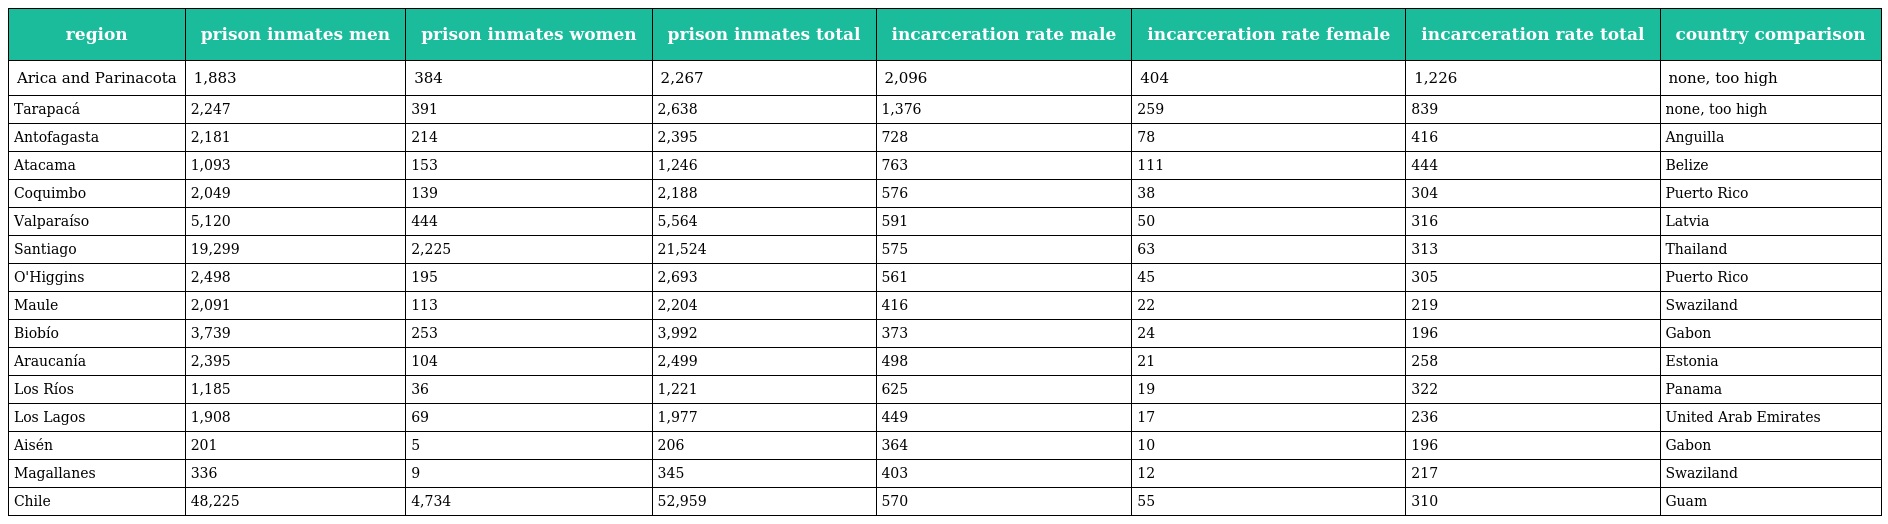
| region | prison inmates men | prison inmates women | prison inmates total | incarceration rate male | incarceration rate female | incarceration rate total | country comparison |
 | --- | --- | --- | --- | --- | --- | --- | --- |
 | Arica and Parinacota | 1,883 | 384 | 2,267 | 2,096 | 404 | 1,226 | none, too high |
 | Tarapacá | 2,247 | 391 | 2,638 | 1,376 | 259 | 839 | none, too high |
 | Antofagasta | 2,181 | 214 | 2,395 | 728 | 78 | 416 | Anguilla |
 | Atacama | 1,093 | 153 | 1,246 | 763 | 111 | 444 | Belize |
 | Coquimbo | 2,049 | 139 | 2,188 | 576 | 38 | 304 | Puerto Rico |
 | Valparaíso | 5,120 | 444 | 5,564 | 591 | 50 | 316 | Latvia |
 | Santiago | 19,299 | 2,225 | 21,524 | 575 | 63 | 313 | Thailand |
 | O'Higgins | 2,498 | 195 | 2,693 | 561 | 45 | 305 | Puerto Rico |
 | Maule | 2,091 | 113 | 2,204 | 416 | 22 | 219 | Swaziland |
 | Biobío | 3,739 | 253 | 3,992 | 373 | 24 | 196 | Gabon |
 | Araucanía | 2,395 | 104 | 2,499 | 498 | 21 | 258 | Estonia |
 | Los Ríos | 1,185 | 36 | 1,221 | 625 | 19 | 322 | Panama |
 | Los Lagos | 1,908 | 69 | 1,977 | 449 | 17 | 236 | United Arab Emirates |
 | Aisén | 201 | 5 | 206 | 364 | 10 | 196 | Gabon |
 | Magallanes | 336 | 9 | 345 | 403 | 12 | 217 | Swaziland |
 | Chile | 48,225 | 4,734 | 52,959 | 570 | 55 | 310 | Guam |